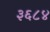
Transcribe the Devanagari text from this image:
३६८४